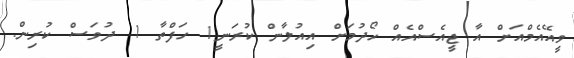
ވީއޭއެމްއަށް އާ ޖީއެސްއެއް ހޯދުމަށް އިއުލާން ކުރަނީ1 ހަފްތާ 1 ދުވަސް ކުރިން.